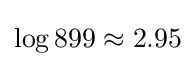
\log 899\approx 2.95